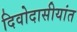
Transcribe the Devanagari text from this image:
दिवोदासीयांत